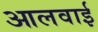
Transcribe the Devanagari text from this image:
आलवाई